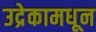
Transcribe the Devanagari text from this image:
उद्रेकामधून